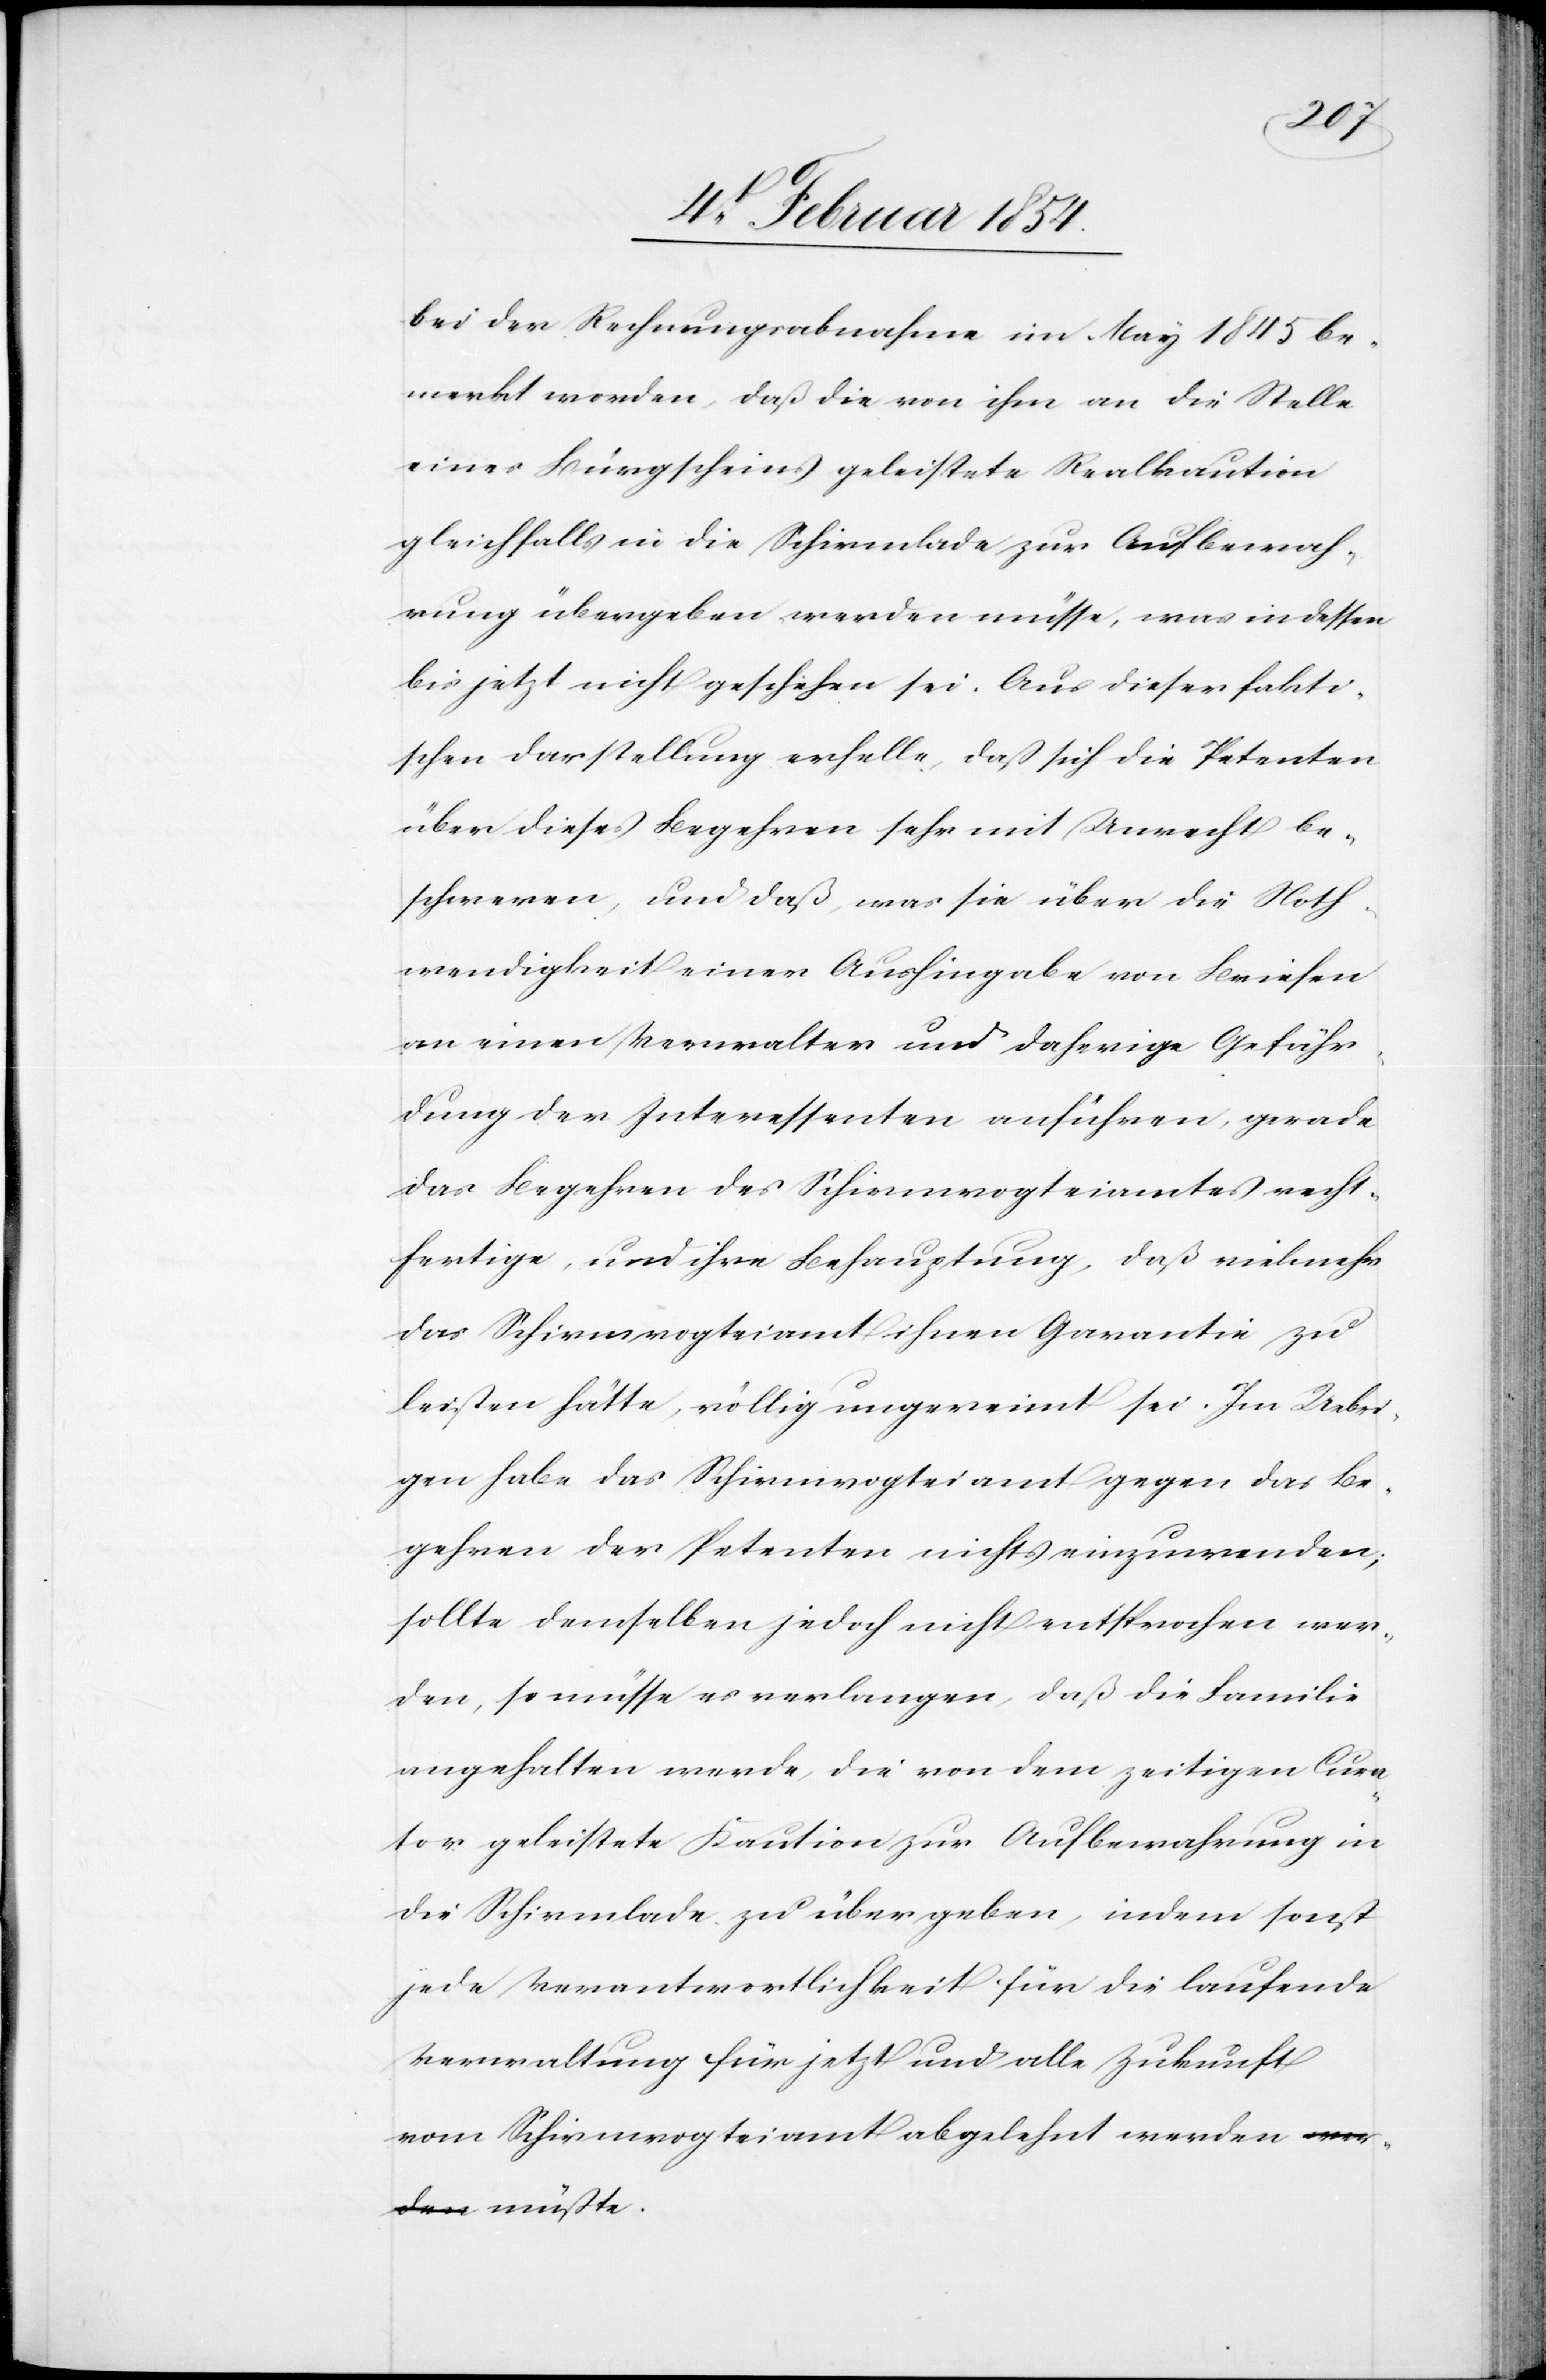
te.
bei der Rechnungsabnahme im März 1845 be¬
merkt worden, daß die von ihm an die Stelle
eines Bürgscheins geleistete Realkaution
gleichfalls in die Schirmlade zur Aufbewah¬
rung übergeben werden müsse, was indessen
bis jetzt nicht geschehen sei. Aus dieser fakti¬
schen Darstellung erhelle, daß sich die Petenten
über dieses Begehren sehr mit Unrecht be¬
schweren, und daß, was sie über die Noth¬
wendigkeit einer Aushingabe von Briefen
an einen Verwalter und daherige Gefähr¬
dung der Interessenten anführen, gerade
das Begehren des Schirmvogteiamtes recht¬
fertigen, und ihre Behauptung, daß vielmehr
das Schirmvogteiamt ihnen Garantie zu
leisten hätte, völlig ungereimt sei. Im Uebri¬
gen habe das Schirmvogteiamt gegen das Be¬
gehren der Petenten nichts einzuwenden;
sollte demselben jedoch nicht entsprochen wer¬
den, so müsse es verlangen, daß die Familie
angehalten werde, die von dem zeitigen Cura¬
tor geleistete Kaution zur Aufbewahrung in
die Schirmlade zu übergeben, indem sonst
jede Verantwortlichkeit für die laufende
Verwaltung für jetzt und alle Zukunft
vom Schirmvogteiamt abgelehnt werden müß¬